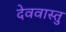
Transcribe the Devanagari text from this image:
देववास्तु